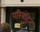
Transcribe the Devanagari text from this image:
परिबृंहित